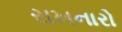
રાખનારો